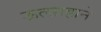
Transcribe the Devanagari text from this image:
ऊत्साहाने